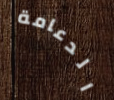
الدعامة